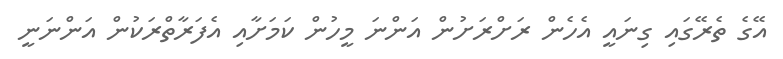
އޭގެ ތެރޭގައި ގިނައީ އެހެން ރަށްރަށުން އަންނަ މީހުން ކަމަށާއި އެފަރާތްރަކުން އަންނަނީ